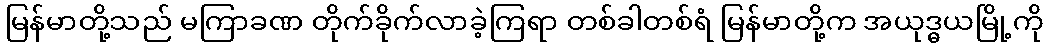
မြန်မာတို့သည် မကြာခဏ တိုက်ခိုက်လာခဲ့ကြရာ တစ်ခါတစ်ရံ မြန်မာတို့က အယုဒ္ဓယမြို့ကို